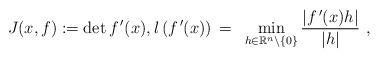
LaTeX: \begin{align*}J(x, f):=\det f^{\,\prime}(x), l\left(f^{\,\prime}(x)\right)\,=\,\,\,\min\limits_{h\in {\Bbb R}^n\setminus \{0\}} \frac {|f^{\,\prime}(x)h|}{|h|}\,\,,\end{align*}